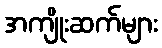
အကျိုးဆက်များ